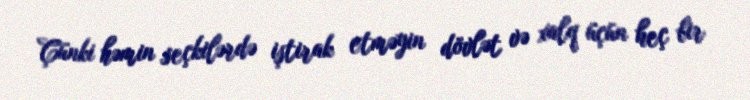
Çünki həmin seçkilərdə iştirak etməyin dövlət və xalq üçün heç bir